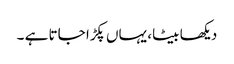
دیکھا بیٹا، یہاں پکڑا جاتا ہے ۔